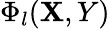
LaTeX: \Phi_{l}(\mathbf{X},Y)